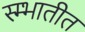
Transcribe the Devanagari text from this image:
स्म्भातीत